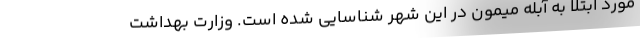
مورد ابتلا به آبله میمون در این شهر شناسایی شده است. وزارت بهداشت